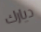
ديارك